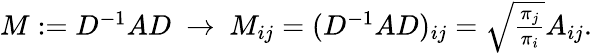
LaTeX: \begin{array}{r}{M:=D^{-1}AD\ \rightarrow\ M_{ij}=(D^{-1}AD)_{ij}=\sqrt{\frac{\pi_{j}}{\pi_{i}}}A_{ij}.}\end{array}